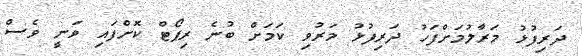
ދަރިފުޅު މަރާލުމަށްފަހު ދަރިފުޅު މަރުވި ކަމަށް ބުނެ ރިޕޯޓް ކޮށްފައި ވަނީ ވެސް